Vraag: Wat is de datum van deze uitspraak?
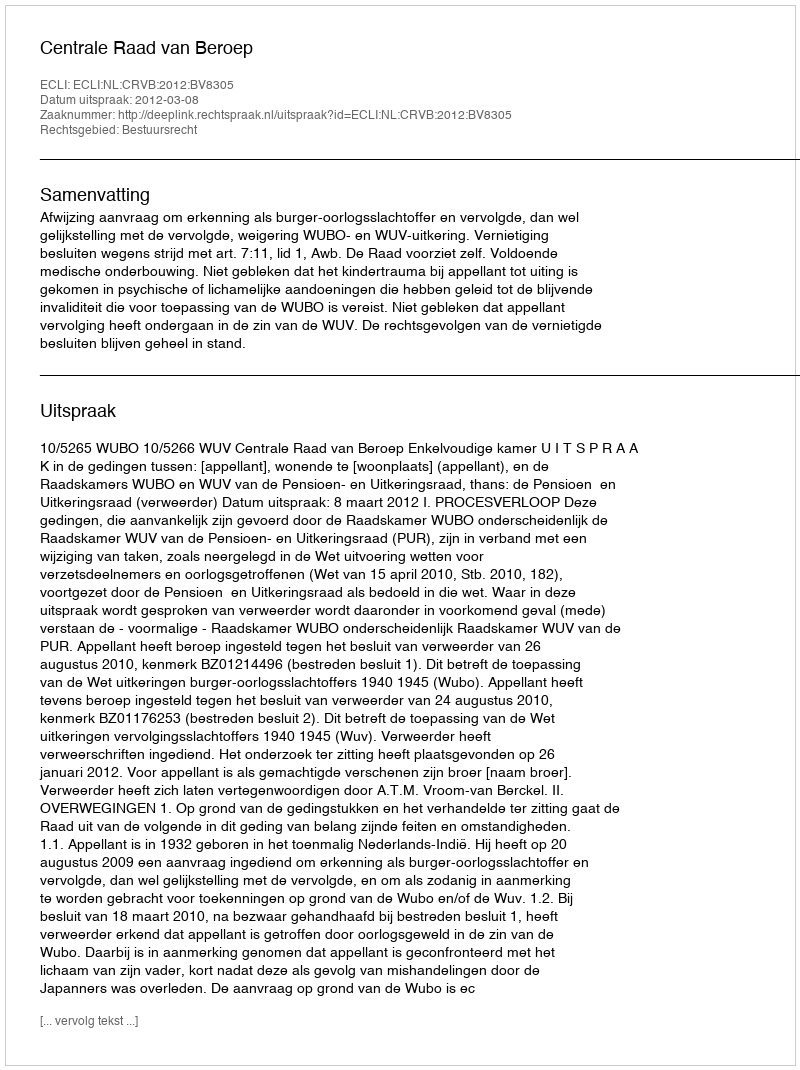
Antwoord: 2012-03-08